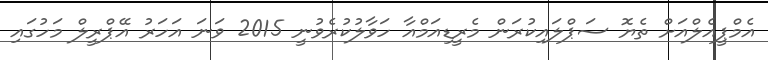
އެމްޕީއެލްއަށް ތެޔޮ ސަޕްލައިކުރަން މެރީޑިއަމްއާ ހަވާލުކުރެވުނީ 2015 ވަނަ އަހަރު އޭޕްރީލް މަހުގައި